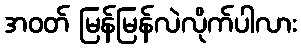
အဝတ် မြန်မြန်လဲလိုက်ပါလား